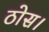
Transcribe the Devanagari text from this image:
ठोस।